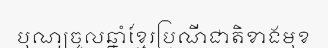
បុណ្យចូលឆ្នាំខ្មែរប្រណីជាតិខាងមុខ